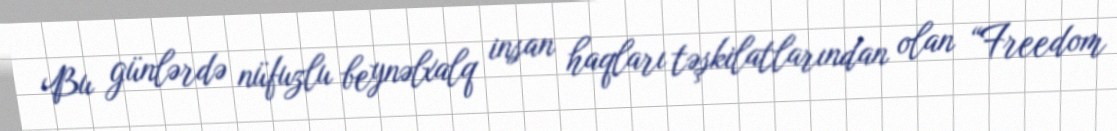
Bu günlərdə nüfuzlu beynəlxalq insan haqları təşkilatlarından olan “Freedom